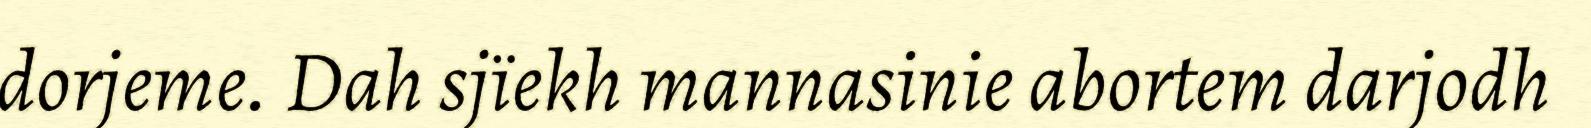
dorjeme. Dah sjïekh mannasinie abortem darjodh